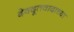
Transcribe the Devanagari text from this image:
देवदूतवादाच्या